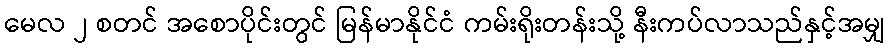
မေလ ၂ စတင် အစောပိုင်းတွင် မြန်မာနိုင်ငံ ကမ်းရိုးတန်းသို့ နီးကပ်လာသည်နှင့်အမျှ